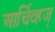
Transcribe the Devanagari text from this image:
आर्चिव्हज्